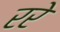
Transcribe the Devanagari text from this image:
ररे